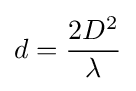
d={{2D^{2}} \over {\lambda }}